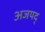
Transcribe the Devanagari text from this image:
अजयद्